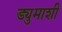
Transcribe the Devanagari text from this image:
ड्युमाशी